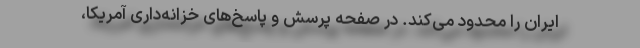
ایران را محدود می‌کند. در صفحه پرسش و پاسخ‌های خزانه‌داری آمریکا،